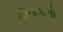
મીઠાવાળો